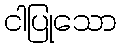
ငါပြုသော